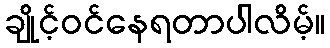
ချိုင့်ဝင်နေရတာပါလိမ့်။